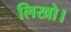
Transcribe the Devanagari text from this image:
लिखो।